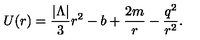
U ( r ) = \frac { | \Lambda | } { 3 } r ^ { 2 } - b + \frac { 2 m } { r } - \frac { q ^ { 2 } } { r ^ { 2 } } .